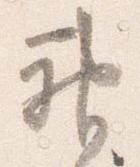
神